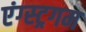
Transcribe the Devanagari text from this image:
एंग्स्ट्रगम